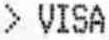
> VISA